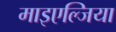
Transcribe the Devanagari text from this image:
माइएल्जिया